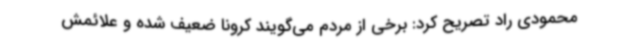
محمودی راد تصریح کرد: برخی از مردم می‌گویند کرونا ضعیف شده و علائمش